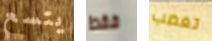
يتسع فقط تغضب